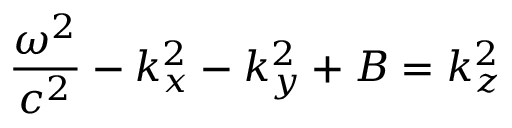
\frac { \omega ^ { 2 } } { c ^ { 2 } } - k _ { x } ^ { 2 } - k _ { y } ^ { 2 } + B = k _ { z } ^ { 2 }